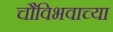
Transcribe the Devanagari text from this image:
चौविभवाच्या